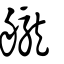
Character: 𦪽